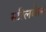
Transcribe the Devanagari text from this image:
स्टीलवेल